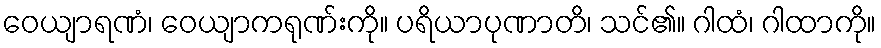
ဝေယျာရဏံ၊ ဝေယျာကရုဏ်းကို။ ပရိယာပုဏာတိ၊ သင်၏။ ဂါထံ၊ ဂါထာကို။